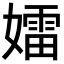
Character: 𡢽